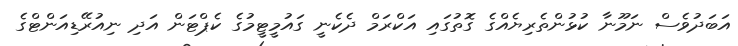
އަބަދުވެސް ނަމޫނާ ކުޅުންތެރިޔެއްގެ ގޮތުގައި އަކްރަމް ދެކެނީ ގައުމީޓީމުގެ ކެޕްޓަން އަދި ނިއުރޭޑިއަންޓްގެ